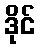
ဒိုင်